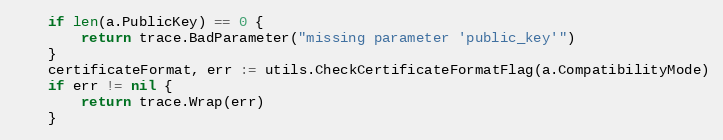
Language: Go
	if len(a.PublicKey) == 0 {
		return trace.BadParameter("missing parameter 'public_key'")
	}
	certificateFormat, err := utils.CheckCertificateFormatFlag(a.CompatibilityMode)
	if err != nil {
		return trace.Wrap(err)
	}